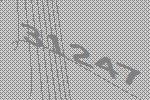
31247